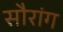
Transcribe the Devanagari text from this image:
सौरांग